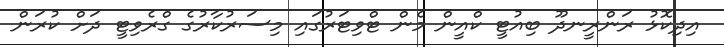
އިދިކޮޅު ރަންރީނދޫ ބިއުޓީ ކްއީން މެން ޓްވިޓަރުގައި މިސަރުކާރުގެ ގްރެވިޓީ ދަށް ކުރަން